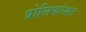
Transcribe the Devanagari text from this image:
प्रोलिफरेशन